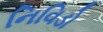
નિવિડો